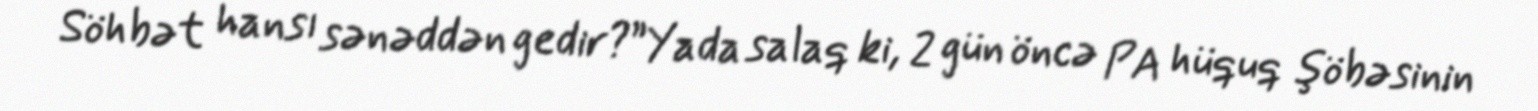
Söhbət hansı sənəddən gedir?”Yada salaq ki, 2 gün öncə PA hüquq şöbəsinin